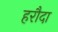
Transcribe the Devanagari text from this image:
हरौदा